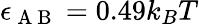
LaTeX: \epsilon_{\mathrm{~A~B~}}=0.49k_{B}T